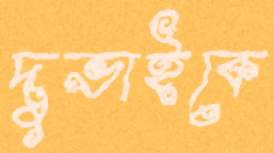
দুভাইকে